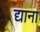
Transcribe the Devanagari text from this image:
द्याना